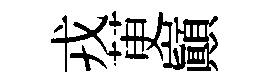
戎茰巔